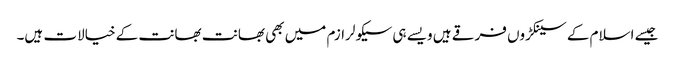
جیسے اسلام کے سینکڑوں فرقے ہیں ویسے ہی سیکولرازم میں بھی بھانت بھانت کے خیالات ہیں۔